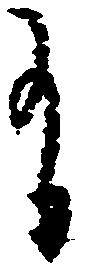
有